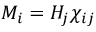
M _ { i } = H _ { j } \chi _ { i j }